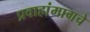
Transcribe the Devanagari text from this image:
प्रवाहांमागचे